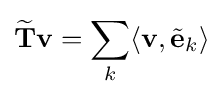
{\widetilde {\mathbf {T} }}\mathbf {v} =\sum _{k}\langle \mathbf {v} ,{\tilde {\mathbf {e} }}_{k}\rangle